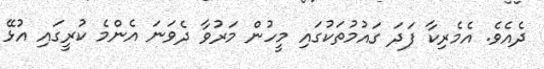
ދެއެވެ. އެމެރިކާ ފަދަ ގައުމުތަކުގައި މީހުން މަރުވާ ދެވަނަ އެންމެ ކުރީގައި އުޅޭ